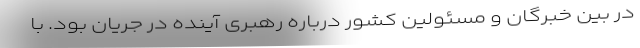
در بین خبرگان و مسئولین کشور درباره رهبری آینده در جریان بود. با